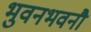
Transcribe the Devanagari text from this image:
भुवनभवनौ